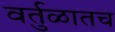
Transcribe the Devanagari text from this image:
वर्तुळातच